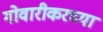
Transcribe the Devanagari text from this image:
गोवारीकरच्या